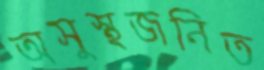
অসুস্থজনিত